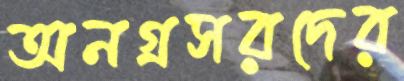
অনগ্রসরদের